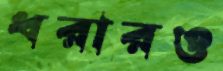
ধরারও